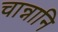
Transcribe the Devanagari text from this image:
चान्नानि